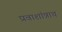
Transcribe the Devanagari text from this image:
प्रवाशांन्नाच